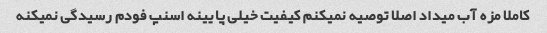
کاملا مزه آب میداد اصلا توصیه نمیکنم کیفیت خیلی پایینه اسنپ فودم رسیدگی نمیکنه